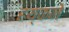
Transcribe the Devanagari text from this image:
हय्कने